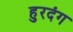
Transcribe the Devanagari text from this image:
हुरदंग